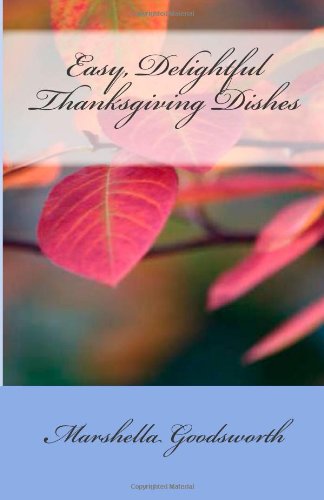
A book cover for Easy, Delightful Thanksgiving Dishes; Marshella Goodsworth; Cookbooks, Food & Wine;